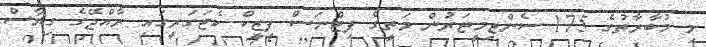
މި މުބާރާތުގެ 175 ސެންޓިމީޓަރުން މަތީގެ ފިޓްނަސް ފިޒީކް ކެޓަގަރީގައި ރާއްޖޭގެ ގިޔާސް